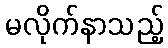
မလိုက်နာသည့်